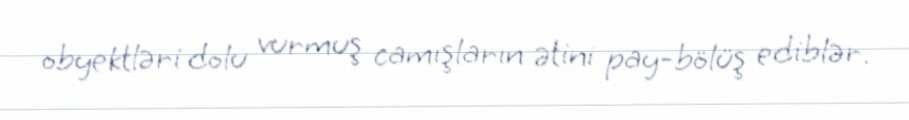
obyektləri dolu vurmuş camışların ətini pay-bölüş ediblər.